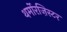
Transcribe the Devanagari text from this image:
थर्मोरज़िस्टर